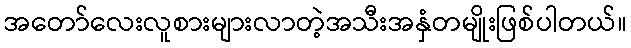
အတော်လေးလူစားများလာတဲ့အသီးအနှံတမျိုးဖြစ်ပါတယ်။